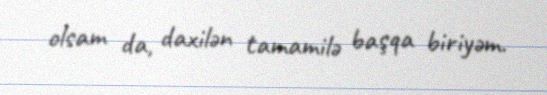
olsam da, daxilən tamamilə başqa biriyəm.